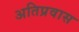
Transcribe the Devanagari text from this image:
अतिप्रवास